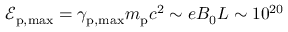
\mathcal { E } _ { \mathrm { p , m a x } } = \gamma _ { \mathrm { p , m a x } } m _ { \mathrm { p } } c ^ { 2 } \sim e B _ { 0 } L \sim 1 0 ^ { 2 0 }